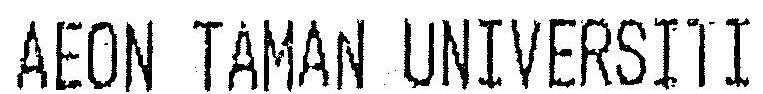
AEON TAMAN UNIVERSITI